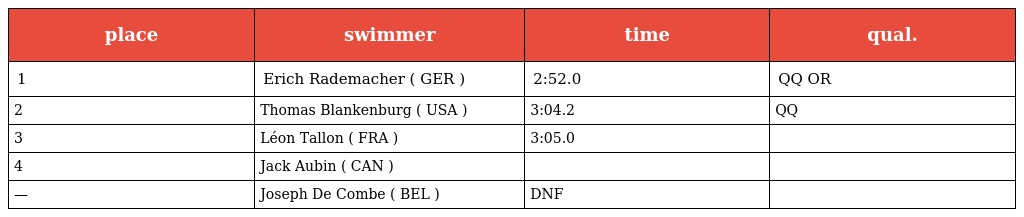
| place | swimmer | time | qual. |
 | --- | --- | --- | --- |
 | 1 | Erich Rademacher ( GER ) | 2:52.0 | QQ OR |
 | 2 | Thomas Blankenburg ( USA ) | 3:04.2 | QQ |
 | 3 | Léon Tallon ( FRA ) | 3:05.0 |  |
 | 4 | Jack Aubin ( CAN ) |  |  |
 | — | Joseph De Combe ( BEL ) | DNF |  |